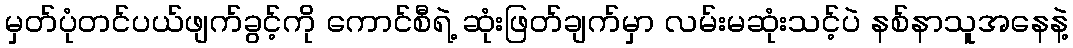
မှတ်ပုံတင်ပယ်ဖျက်ခွင့်ကို ကောင်စီရဲ့ ဆုံးဖြတ်ချက်မှာ လမ်းမဆုံးသင့်ပဲ နစ်နာသူအနေနဲ့